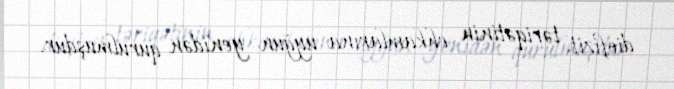
diofizit təriqətinin ehkamlarına uyğun yenidən qurulmuşdur.